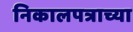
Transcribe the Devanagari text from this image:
निकालपत्राच्या